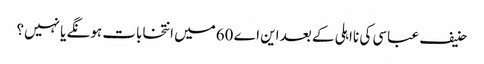
حنیف عباسی کی نااہلی کے بعد این اے 60میں انتخابات ہونگے یا نہیں؟